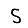
Digit: 5